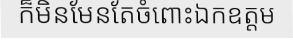
ក៏មិនមែនតែចំពោះឯកឧត្តម